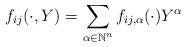
LaTeX: \begin{gather*}f_{ij}(\cdot,Y)=\sum_{\alpha\in\mathbb{N}^{n}}f_{ij,\alpha}(\cdot)Y^{\alpha}\end{gather*}